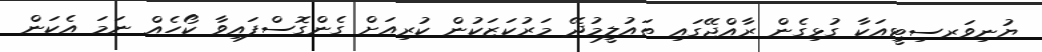
ޔުނިވަރސިޓީއަކާ ގުޅިގެން ރާއްޖޭގައި ތައުލީމުދޭ މަރުކަޒަކުން ކުރިއަށް ގެންގޮސްފައިވާ ކޯހެއް ނަމަ އެކަން